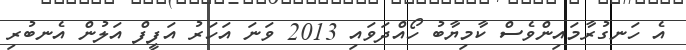
އެ ހަނގުރާމައިންވެސް ކާމިޔާބު ހޯއްދަވައި 2013 ވަނަ އަހަރު އަފީފް އަލުން އެނބުރި